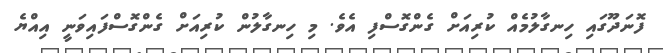
ފޮނަދޫގައި ހިނގާލުމެއް ކުރިއަށް ގެންގޮސްފި އެވެ. މި ހިނގާލުން ކުރިއަށް ގެންގޮސްފައިވަނީ އިއްޔެ